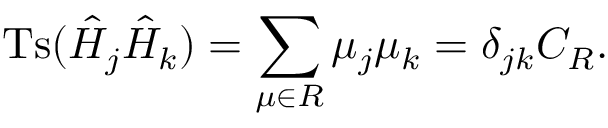
\mathrm { T s } ( \hat { H } _ { j } \hat { H } _ { k } ) = \sum _ { \mu \in { \cal R } } \mu _ { j } \mu _ { k } = \delta _ { j k } C _ { \cal R } .